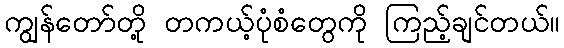
ကျွန်တော်တို့ တကယ့်ပုံစံတွေကို ကြည့်ချင်တယ်။